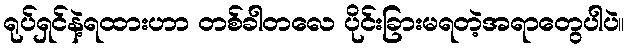
ရုပ်ရှင်နဲ့ရထားဟာ တစ်ခါတလေ ပိုင်းခြားမရတဲ့အရာတွေပါပဲ။